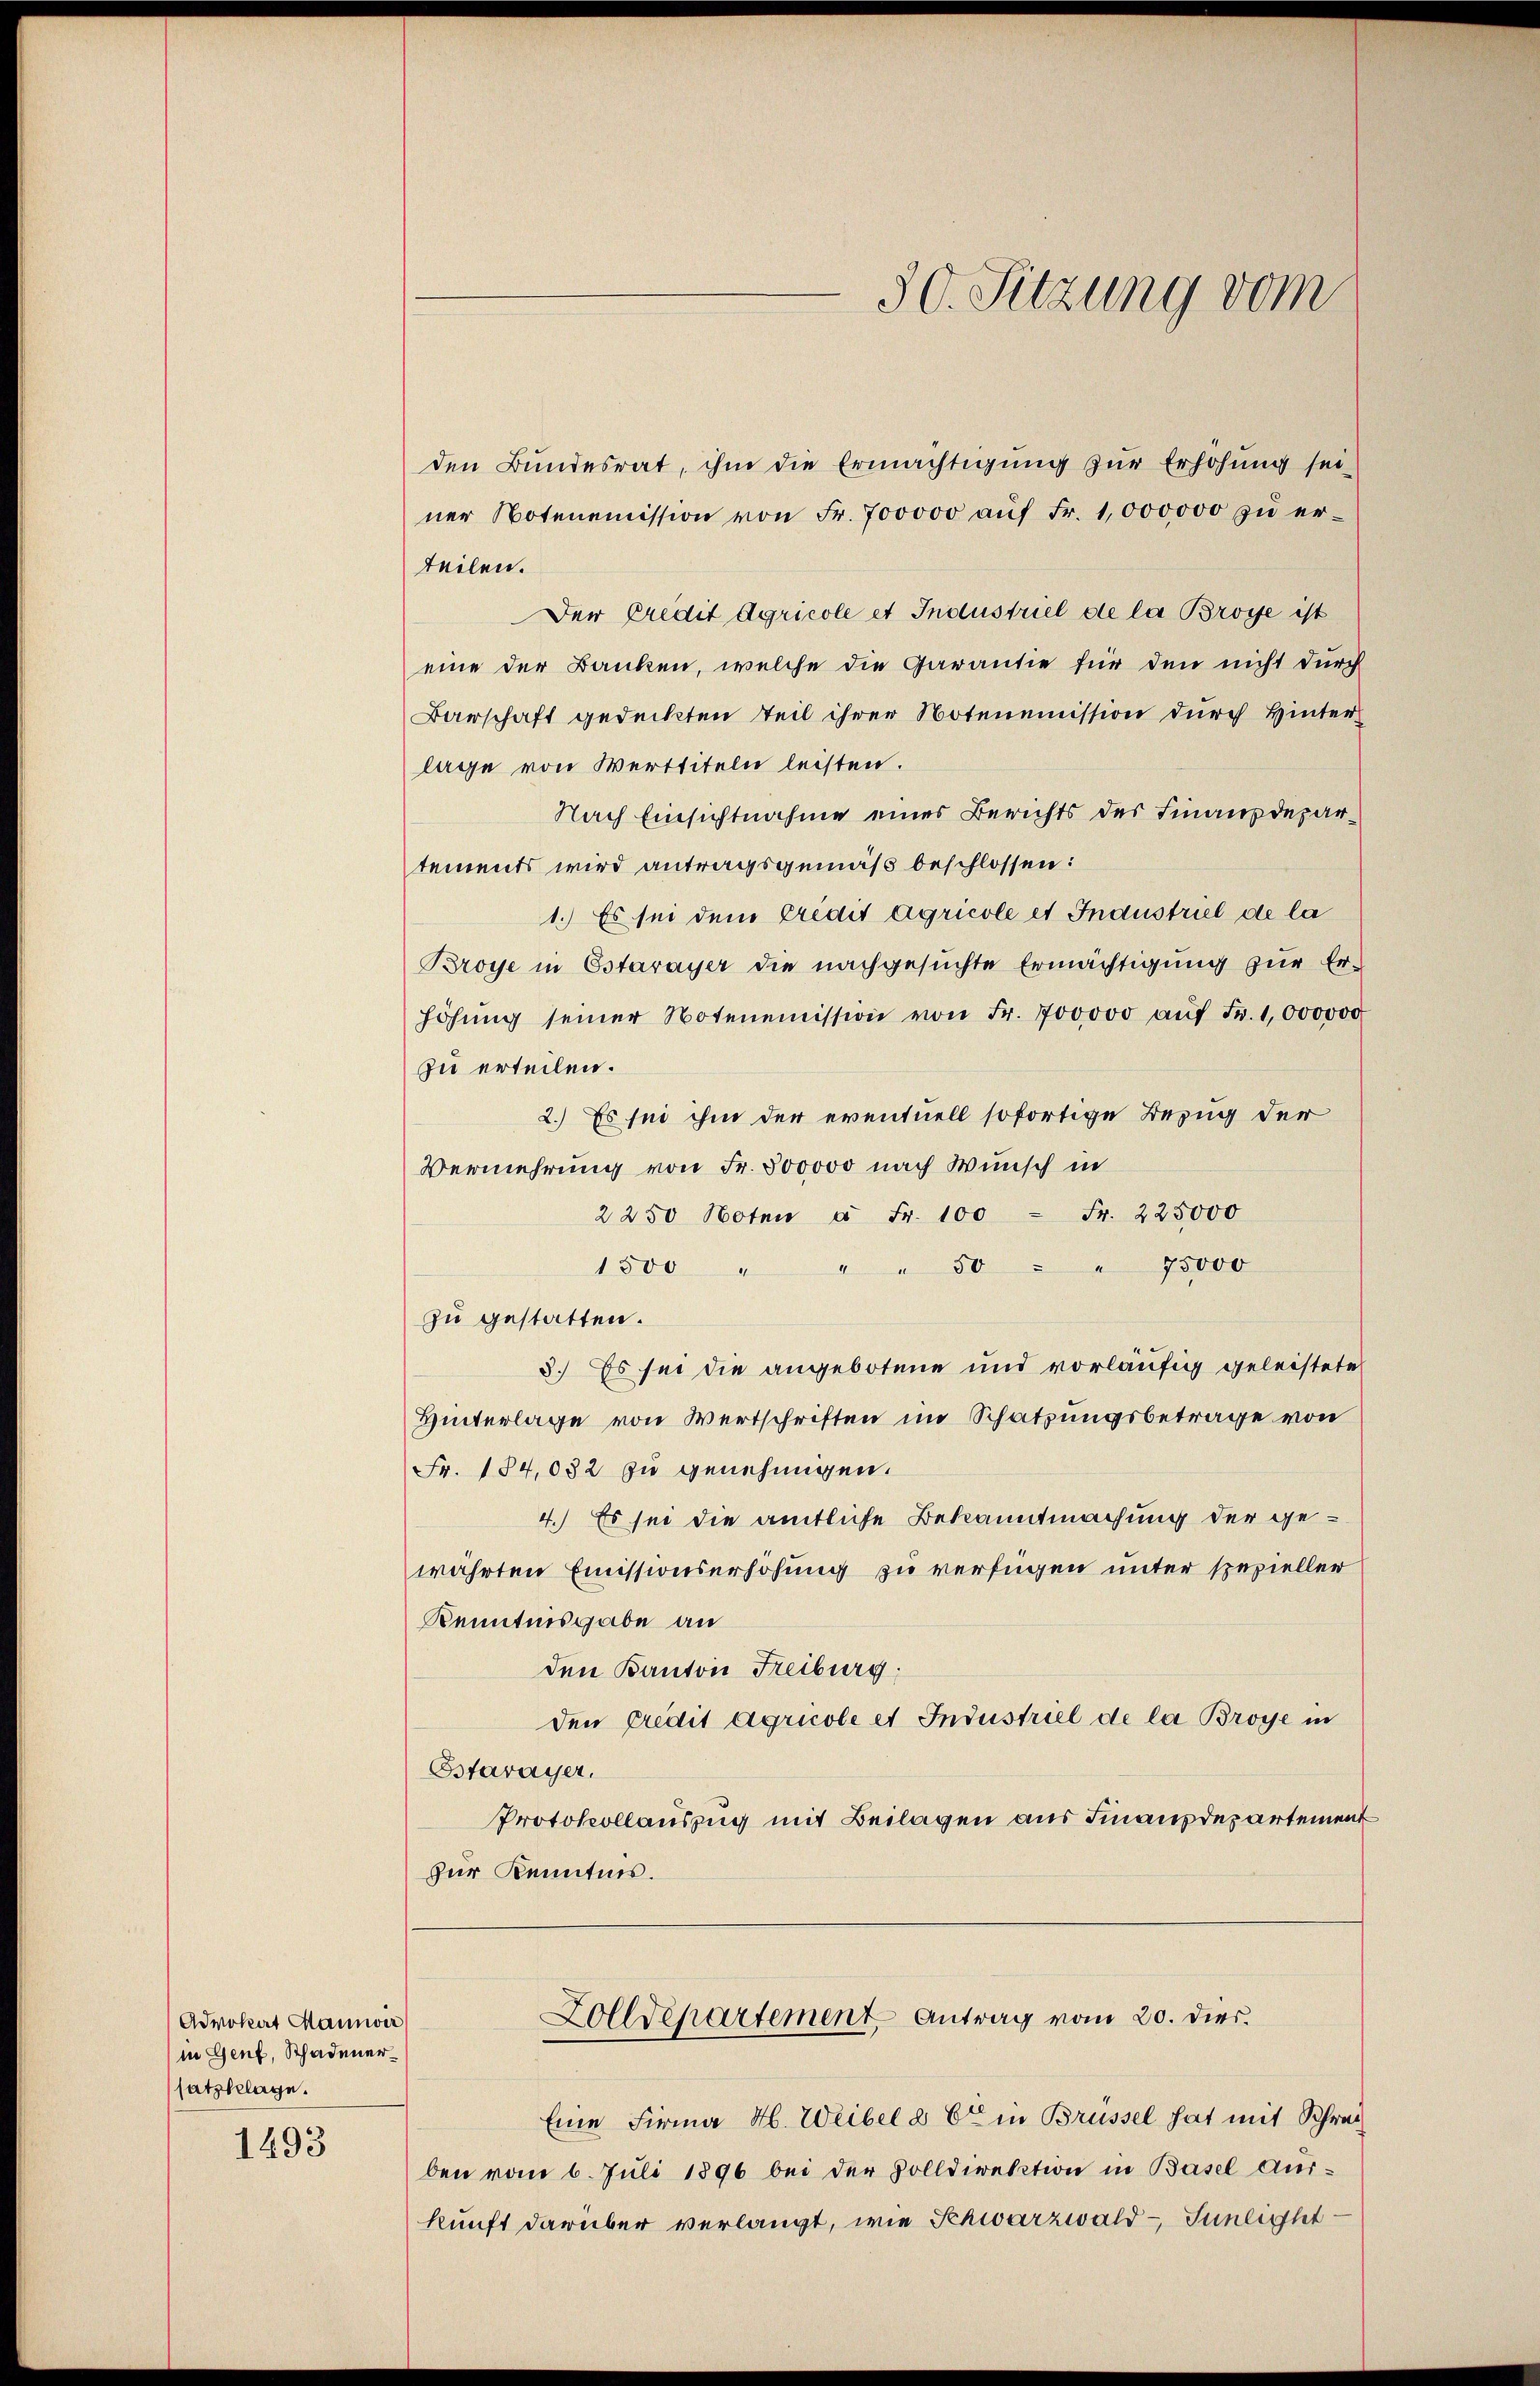
Advokat Maunver
in Genf, Schadenersatz belage.

1493

den Bundesrat, ihm die Ermächtigung zur Erhöhung sei
ner Notenemission von Fr. 700000 aŭf Fr. 1000000 zŭ er-
teilen.
Der Credit Agricole et Industriel de la Brosse ist
eine der Banken, welche die Garantie für den nicht durch
Barschaft gedeckten Teil ihrer Notenemission durch Hinter
lage von Werttiteln leisten.
Nach Einsichtnahme eines Berichts des Finanzdepartements wird antragsgemäß beschlossen:
1.) Es sei dem Credit agricole et Inanstriel de la
Broye in Estavayer die nachgesuchte Ermächtigung zur Er-
höhŭng seiner Notenemission von Fr. 700000 aŭf Fr. 1000000
zu erteilen.
2.) Es sei ihm der eventuell sofortige Bezug der
Vermehrung von Fr. 500000 nach Wunsch in
2250 Noten à Fr. 100 Fr. 225,000
75000
1500 " " " 50
zu gestatten.
3.) Es sei die angebotene und vorläufig geleistete
Hinterlage von Wertschriften im Schatzungsbetrage von
Fr. 184,032 zu genehmigen.
4.) Es sei die amtliche Bekanntmachung der gewährten Emissionserhöhung zu verfügen unter spezieller
Kenntnisgabe an
den Kanton Freiburg
den Credit Agricole et Industriel de la Broye in
Bstavayer.
Protokollauszug mit Beilagen aus Finanzdepartement
zur Kenntnis.

30. Sitzung vom

Zolldepartement Antrag vom 20. dies.

Eine Firma H. Weibel a Er in Brüssel hat mit Schreiben vom 6. Juli 1896 bei der Zolldirektion in Basel Auskunft darüber verlangt, wie Schwarzwald - Sünlight